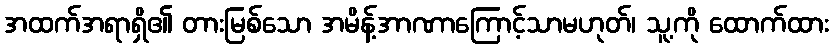
အထက်အရာရှိ၏ တားမြစ်သော အမိန့်အာဏာကြောင့်သာမဟုတ်၊ သူ့ကို ထောက်ထား